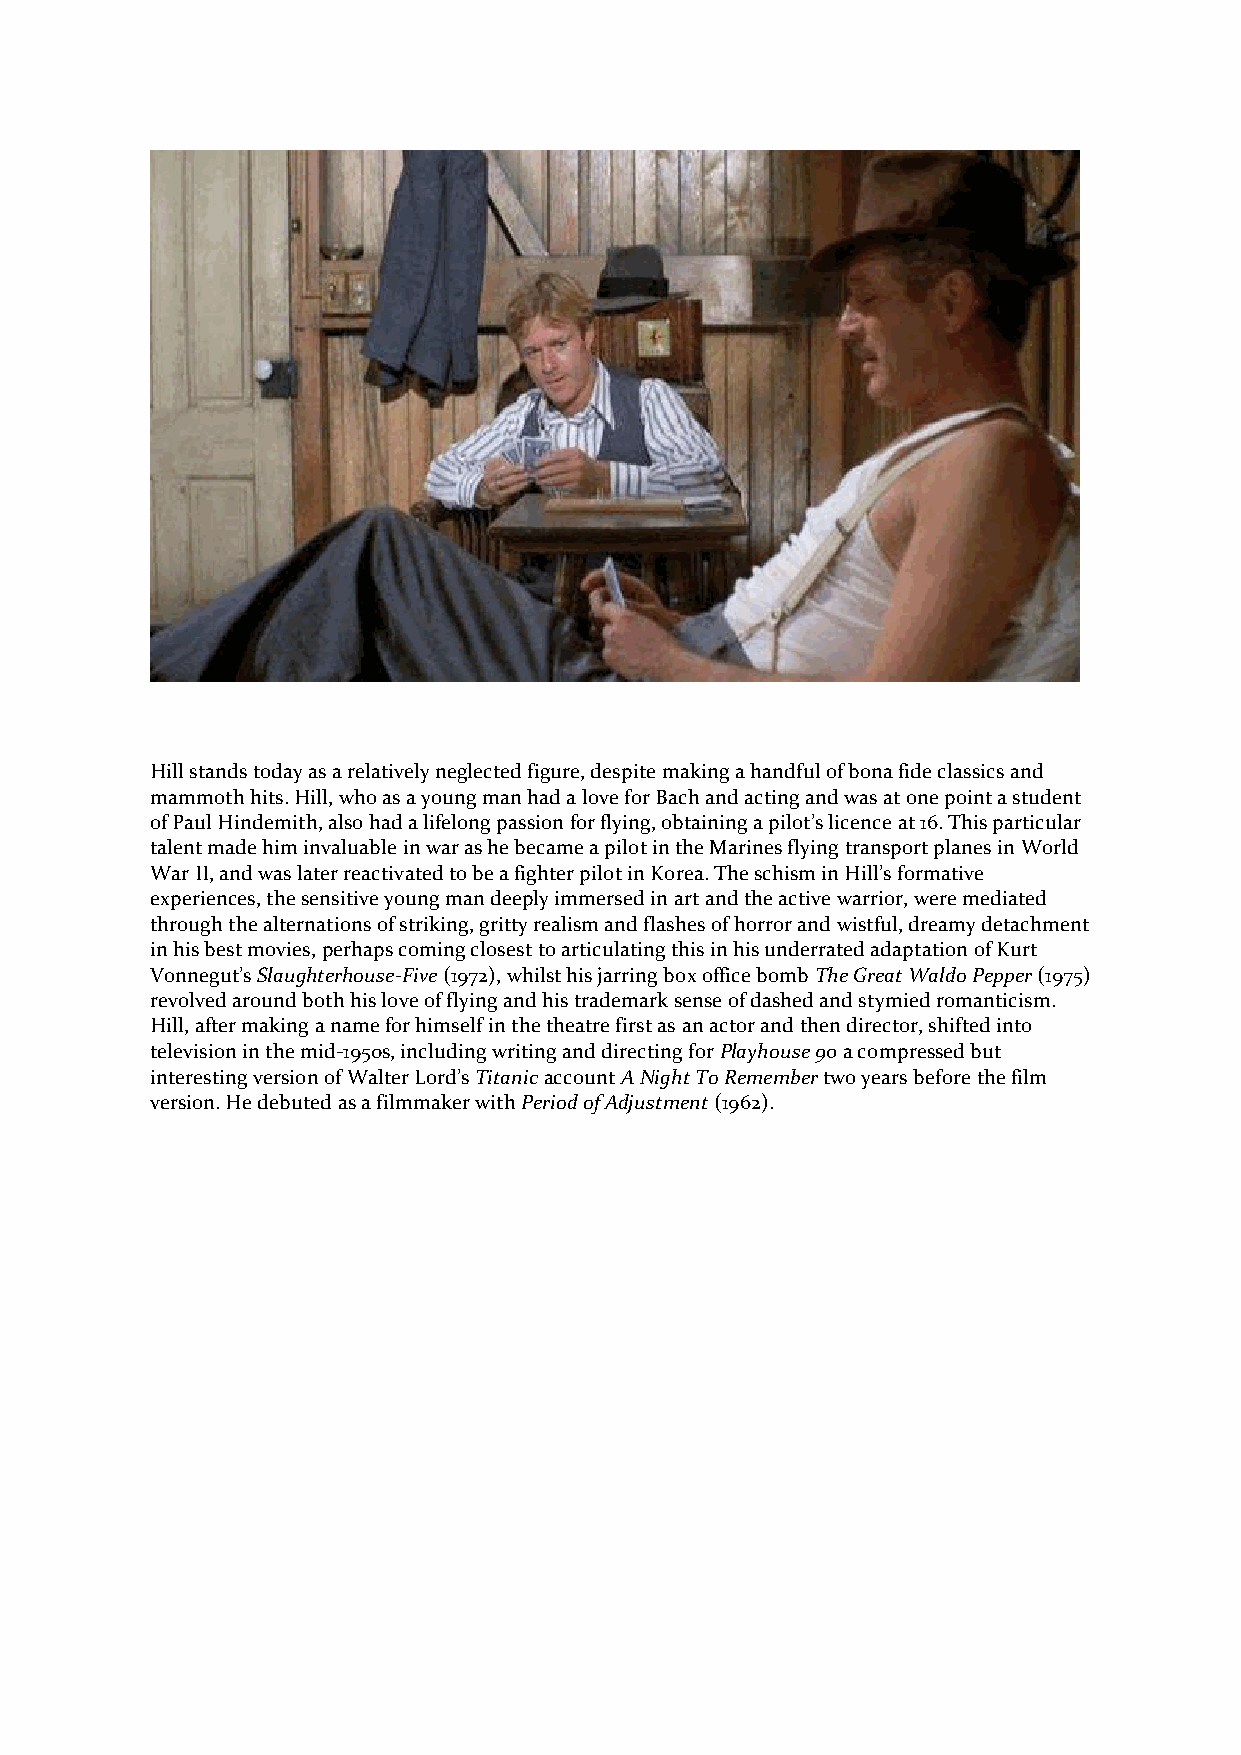
Hill stands today as a relatively neglected figure, despite making a handful of bona fide classics and
 mammoth hits. Hill, who as a young man had a love for Bach and acting and was at one point a student
 of Paul Hindemith, also had a lifelong passion for flying, obtaining a pilot’s licence at 16. This particular
 talent made him invaluable in war as he became a pilot in the Marines flying transport planes in World
 War II, and was later reactivated to be a fighter pilot in Korea. The schism in Hill’s formative
 experiences, the sensitive young man deeply immersed in art and the active warrior, were mediated
 through the alternations of striking, gritty realism and flashes of horror and wistful, dreamy detachment
 in his best movies, perhaps coming closest to articulating this in his underrated adaptation of Kurt
 Vonnegut’s Slaughterhouse-Five (1972), whilst his jarring box office bomb The Great Waldo Pepper (1975)
 revolved around both his love of flying and his trademark sense of dashed and stymied romanticism.
 Hill, after making a name for himself in the theatre first as an actor and then director, shifted into
 television in the mid-1950s, including writing and directing for Playhouse 90 a compressed but
 interesting version of Walter Lord’s Titanic account A Night To Remember two years before the film
 version. He debuted as a filmmaker with Period of Adjustment (1962).